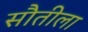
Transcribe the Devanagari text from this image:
सौतीला